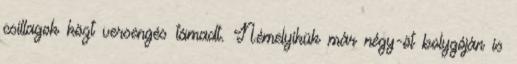
csillagok közt versengés támadt. Némelyikük már négy-öt bolygóján is